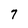
Character: 7